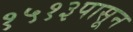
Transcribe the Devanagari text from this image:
१५१३पासून